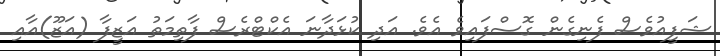
ޝަފީއުވެސް ފެނިގެން ގޮސްފައިވެ އެވެ. އަދި ކުޅަދާނަ އެކްޓްރެސް ފާތިމަތު އަޒީފާ (އަޒޫ)އާއި